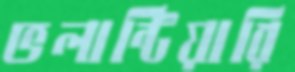
ভলান্টিয়ারি